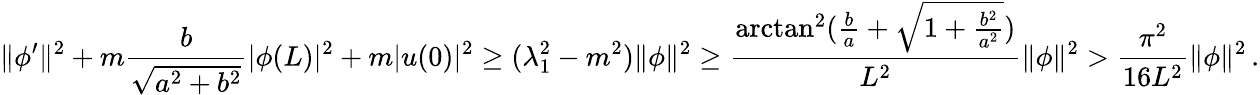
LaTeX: \| \phi^{\prime}\| ^{2}+m\frac{b}{\sqrt{a^{2}+b^{2}}}|\phi(L)|^{2}+m|u(0)|^{2}\geq(\lambda_{1}^{2}-m^{2})\| \phi\| ^{2}\geq\frac{\arctan^{2}(\frac{b}{a}+\sqrt{1+\frac{b^{2}}{a^{2}}})}{L^{2}}\| \phi\| ^{2}>\frac{\pi^{2}}{16L^{2}}\| \phi\| ^{2}\, .